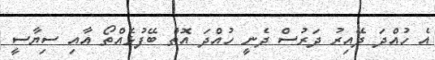
އެ ހުއްދަ ދޭއިރު ދަރުސް ދެނީ ހުއްދަ އޮތް ބޭފުޅެއްތޯ އާއި ސިޔާސީ